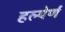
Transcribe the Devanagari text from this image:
हल्पेर्ण